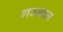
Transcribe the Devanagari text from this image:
गञ्जाम